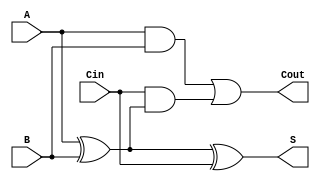
module async_full_adder (
    input wire A,       // First binary input
    input wire B,       // Second binary input
    input wire Cin,     // Carry-in input
    output wire S,      // Sum output
    output wire Cout    // Carry-out output
);

// Sum calculation: S = A XOR B XOR Cin
assign S = A ^ B ^ Cin;

// Carry-out calculation: Cout = (A AND B) OR (Cin AND (A XOR B))
assign Cout = (A & B) | (Cin & (A ^ B));

endmodule